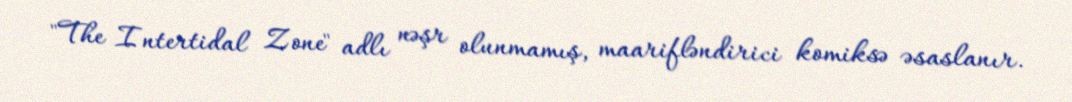
"The Intertidal Zone" adlı nəşr olunmamış, maarifləndirici komiksə əsaslanır.